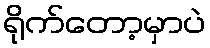
ရိုက်တော့မှာပဲ